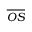
\overline { { O S } }